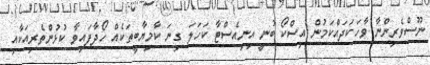
ނޫސްވެރިންނާ ވާހަކަދައްކަމުން އިސްކޯ ބުނީ އިނިއެސްޓާ ކަހަލަ ގިނަ ކާމިޔާބީތަކެއް ހޯދާފައިވާ ކުޅުންތެރިއަކާއި